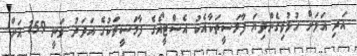
އަދި އަލަށް ހުޅުވިގެންދިޔަ ފާމަސީތަކާއެކު އެސްޓީއޯގެ ފާމަސީތަކުގެ އަދަދު ވަނީ 159 އަށް